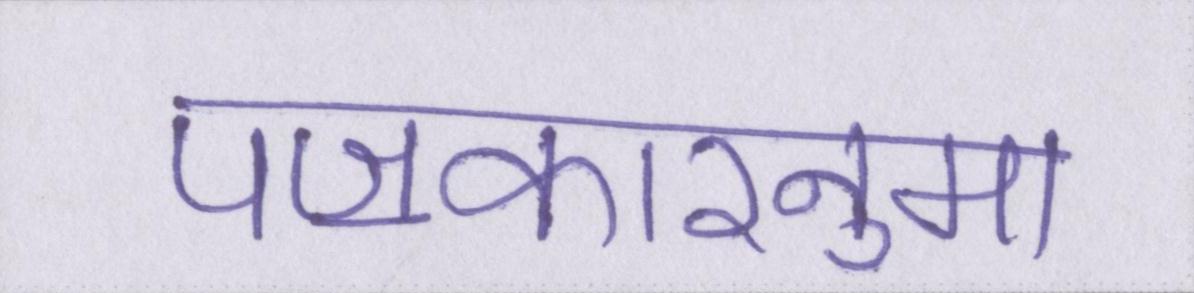
पॼकारनुमा